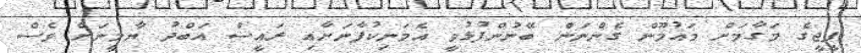
ޕީޖީގެ މަގާމަށް މައުމޫން ގެންނަން ބޭނުންފުޅުވީ އެމަނިކުފާނަށާއި ރައީސް އަބްދު ޔާމީނަށް ވެސް